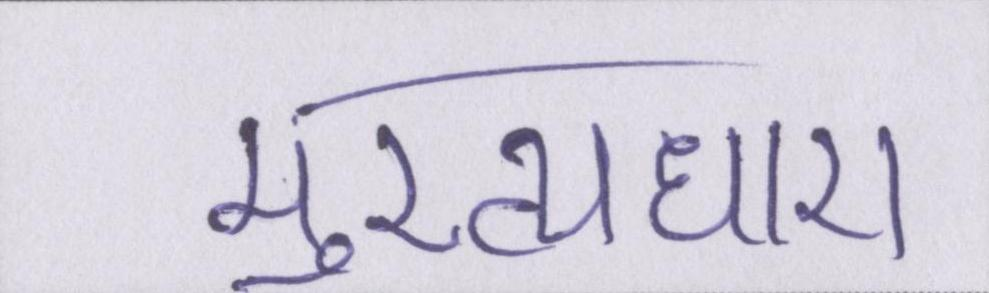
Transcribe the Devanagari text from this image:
मुख्यधारा